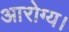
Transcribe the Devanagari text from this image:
आरोग्य।